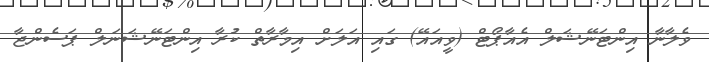
ވެލާނާ އިންޓަނޭޝަަލް އެއާޕޯޓް (ވީއައޭ) ގައި އަލަށް އިމާރާތް ކުރާ އިންޓަނޭޝަނަލް ޕަސެންޖާ